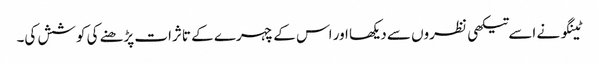
ٹینگو نے اسے تیکھی نظروں سے دیکھا اور اس کے چہرے کے تاثرات پڑھنے کی کوشش کی۔